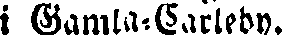
i Gamla-Carleby.